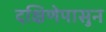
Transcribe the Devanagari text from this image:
दक्षिणेपासुन